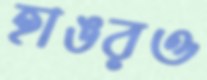
হাঙরও